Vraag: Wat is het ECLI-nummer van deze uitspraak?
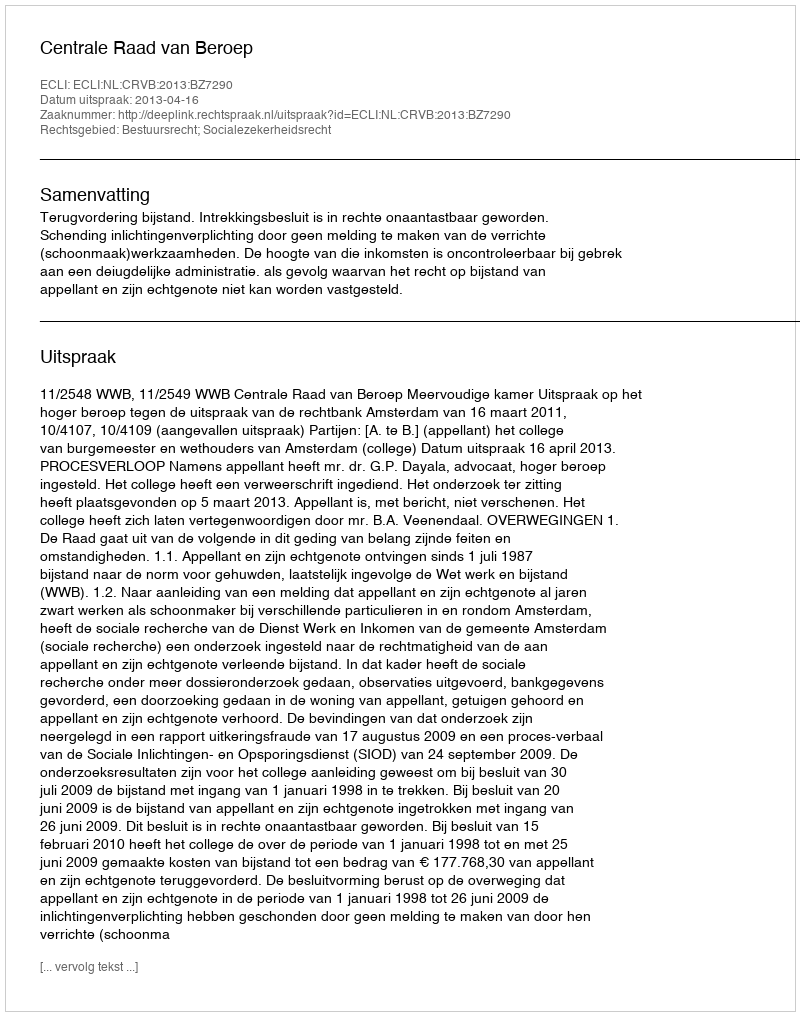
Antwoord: ECLI:NL:CRVB:2013:BZ7290